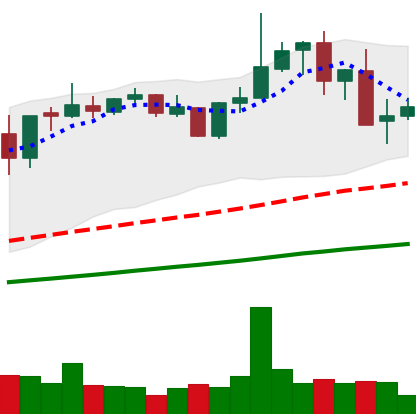
Ticker: XMR-USD
Chart end date: 2021-05-14
Forward return: -51.513%
Label: down_7plus